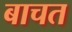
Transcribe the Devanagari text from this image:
बाचत